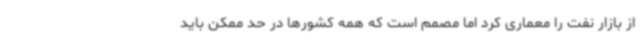
از بازار نفت را معماری کرد اما مصمم است که همه کشورها در حد ممکن باید